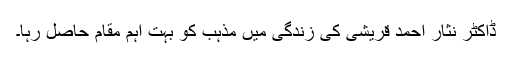
ڈاکٹر نثار احمد قریشی کی زندگی میں مذہب کو بہت اہم مقام حاصل رہا۔